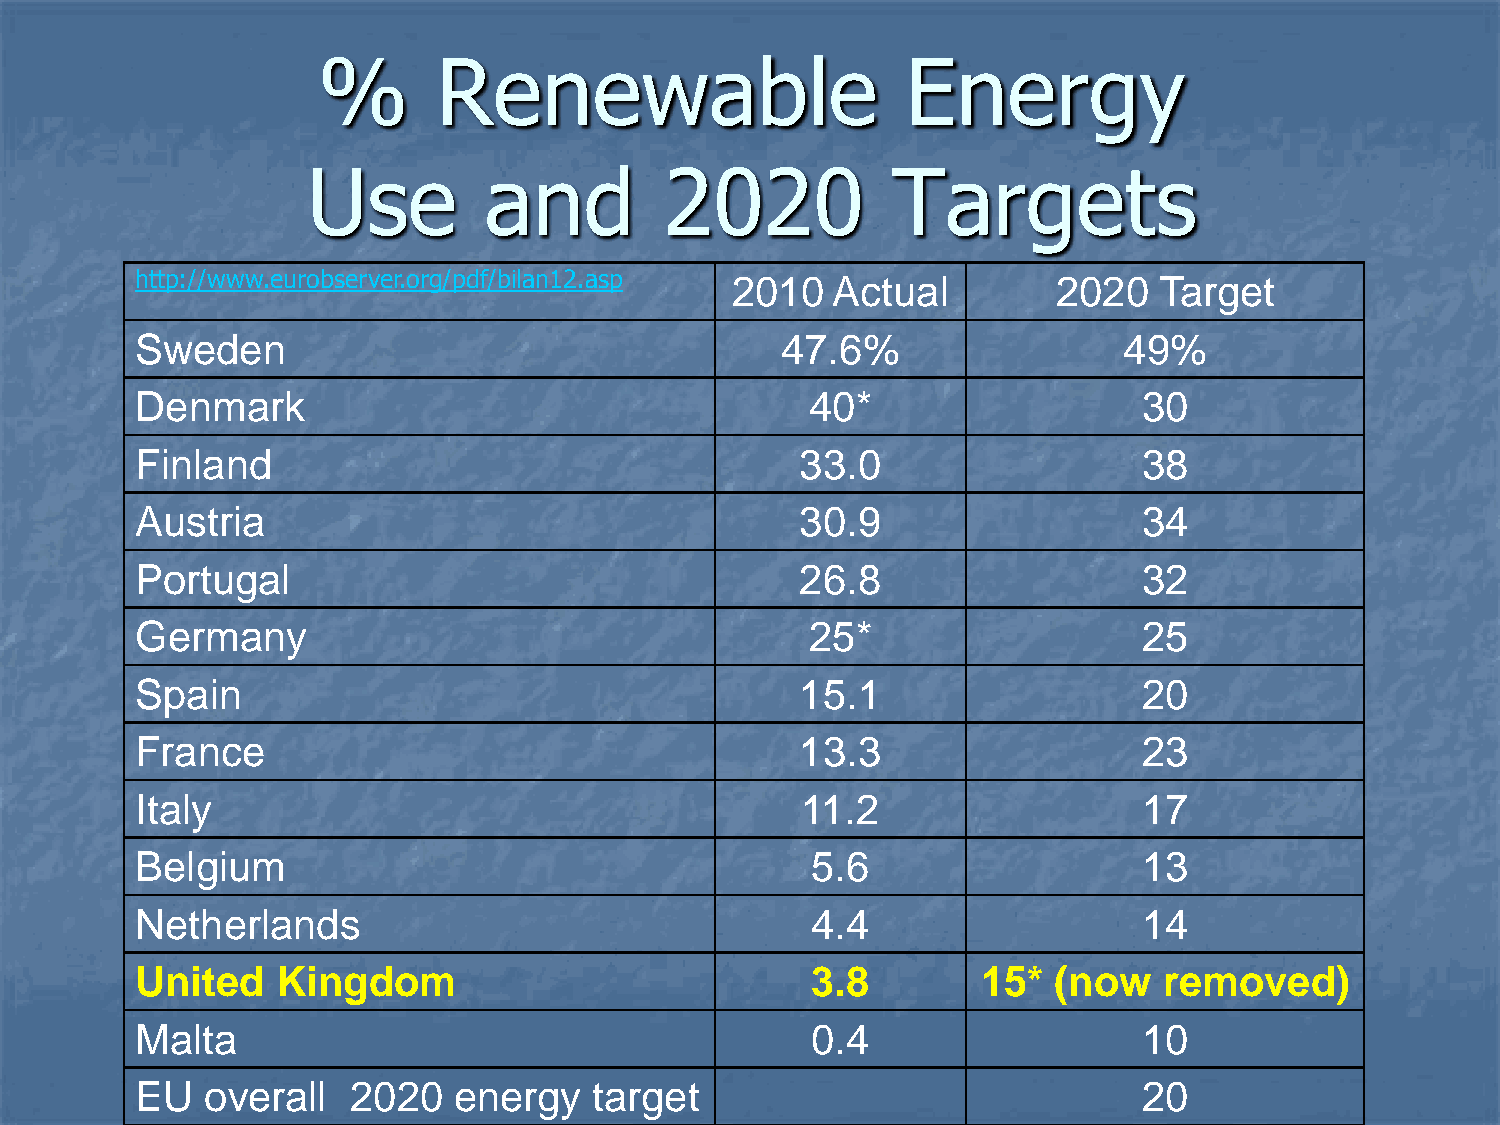
%       Renewable                      Energy
 Use         and         2020           Targets
 http://www.eurobserver.org/pdf/bilan12.asp 2010 Actual       2020   Target
 Sweden                                     47.6%                 49%
 Denmark                                      40*                   30
 Finland                                     33.0                   38
 Austria                                     30.9                   34
 Portugal                                    26.8                   32
 Germany                                      25*                   25
 Spain                                       15.1                   20
 France                                      13.3                   23
 Italy                                       11.2                   17
 Belgium                                      5.6                   13
 Netherlands                                  4.4                   14
 United   Kingdom                             3.8        15*  (now   removed)
 Malta                                        0.4                   10
 EU   overall  2020   energy   target                               20